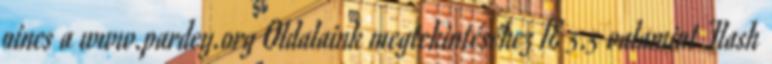
nincs a www.pardey.org Oldalaink megtekintéséhez IE 5.5 valamint Flash